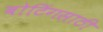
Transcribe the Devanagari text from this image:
बोटिंगसाठी